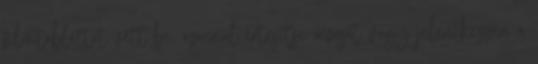
filmtablettát vett be, azonnal értesítse orvosát vagy jelentkezzen a